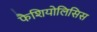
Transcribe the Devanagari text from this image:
फैशियोलिसिस